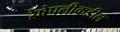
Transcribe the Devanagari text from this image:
रेषेपलीकडील